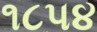
૧૮પ૪